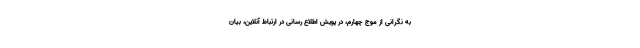
به نگرانی از موج چهارم، در پویش اطلاع رسانی در ارتباط آنلاین، بیان